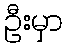
ဦးမှာ